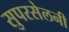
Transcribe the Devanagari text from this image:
सुपरसेलनी